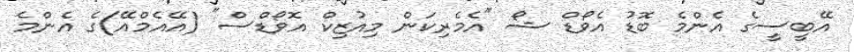
އޭބީސީގެ އެންމެ ބޮޑު އެވޯޑް ޝޯ "އެމެރިކަން މިއުޒިކް އޮވޯޑްސް" (އޭއެމްއޭ)ގެ އެންމެ